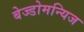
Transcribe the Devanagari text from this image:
बेज्डोमन्यिज